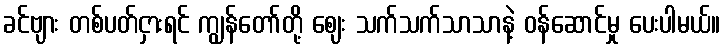
ခင်ဗျား တစ်ပတ်ငှားရင် ကျွန်တော်တို့ ဈေး သက်သက်သာသာနဲ့ ဝန်ဆောင်မှု ပေးပါမယ်။